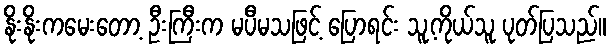
နိုးနိုးကမေးတော့ ဦးကြီးက မပီမသဖြင့် ပြောရင်း သူ့ကိုယ်သူ ပုတ်ပြသည်။